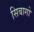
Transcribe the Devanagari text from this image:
सिबागो